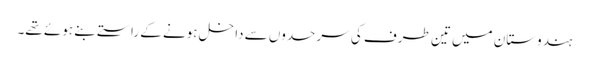
ہندوستان میں تین طرف کی سرحدوں سے داخل ہونے کے راستے بنے ہوئے تھے۔